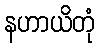
နဟာယိတုံ